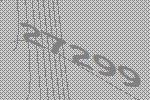
27299